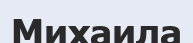
Михаила